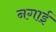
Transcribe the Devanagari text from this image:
नगाई